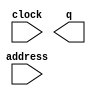
module Transmit_Delay_ROM (
	address,
	clock,
	q);

	input	[2:0]  address;
	input	  clock;
	output	[127:0]  q;

endmodule